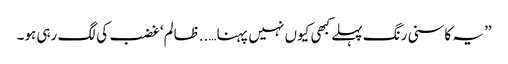
’’یہ کاسنی رنگ پہلے کبھی کیوں نہیں پہنا…..ظالم‘ غضب کی لگ رہی ہو۔